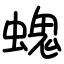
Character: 螝